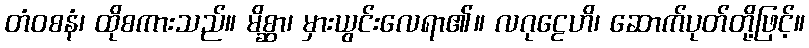
တံဝစနံ၊ ထိုစကားသည်။ မိစ္ဆာ၊ မှားယွင်းလေရာ၏။ လဂုဠေဟိ၊ ဆောက်ပုတ်တို့ဖြင့်။